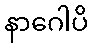
နာဂေါပိ